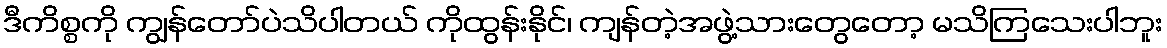
ဒီကိစ္စကို ကျွန်တော်ပဲသိပါတယ် ကိုထွန်းနိုင်၊ ကျန်တဲ့အဖွဲ့သားတွေတော့ မသိကြသေးပါဘူး